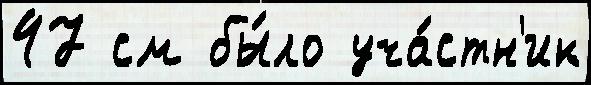
47 см бы́ло уча́стн'ик